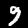
Label: 9